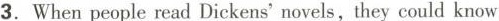
3.When people read Dickens' novels, they could know